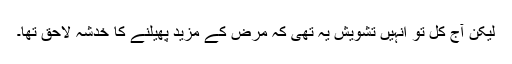
لیکن آج کل تو انہیں تشویش یہ تھی کہ مرض کے مزید پھیلنے کا خدشہ لاحق تھا۔